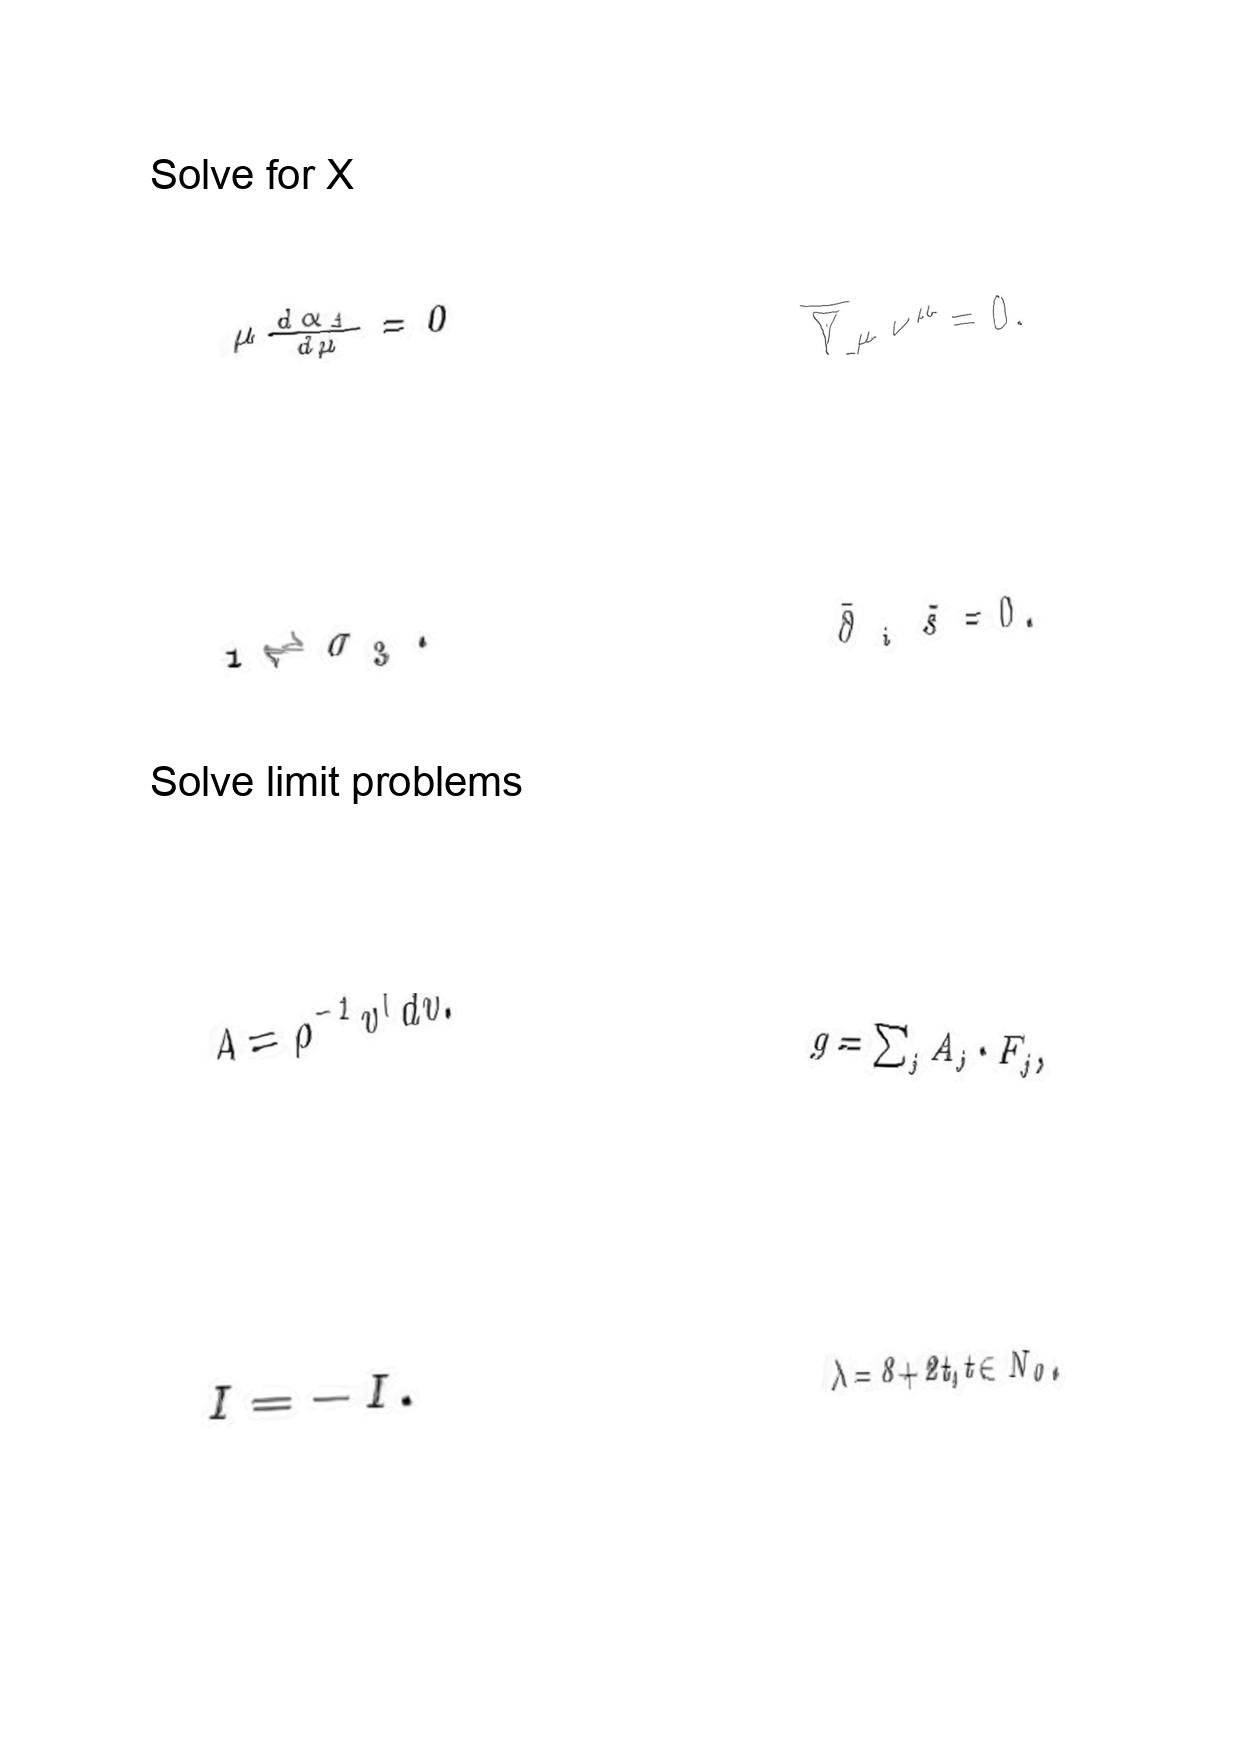
LaTeX transcription:
\mu \frac { d \alpha _ { 1 } } { d \mu } = 0
1 \rightleftharpoons \sigma _ { 3 } .
A = \rho ^ { - 1 } v ^ { \dagger } d v .
I = - I .
\overline { \nabla } _ { \mu } \nu ^ { \mu } = 0 .
\bar { \partial } _ { i } \tilde { s } = 0 .
g = \sum _ { j } A _ { j } \cdot F _ { j } ,
\lambda = 8 + 2 t , t \in N _ { 0 } ,